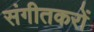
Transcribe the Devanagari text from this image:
संगीतकरों